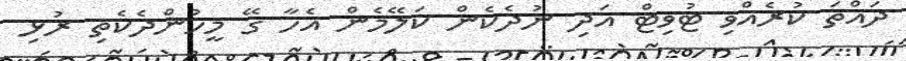
ދައްތަ ކުރެއްވި ޓުވިޓް އަދި ނުދެކެން ކަލޭމެން އެހާާ ގޭ މީހުންދެކެތި ރުޅި